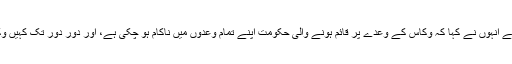
موجودہ حکومت پر تنقید کرتے ہوئے انہوں نے کہا کہ وکاس کے وعدے پر قائم ہونے والی حکومت اپنے تمام وعدوں میں ناکام ہو چکی ہے، اور دور دور تک کہیں وکاس کا نام ونشان دکھائی نہیں دیتا۔